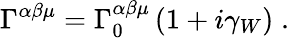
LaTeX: \Gamma^{\alpha\beta\mu}=\Gamma_{0}^{\alpha\beta\mu}\left(1+i\gamma_{W}\right)\; .